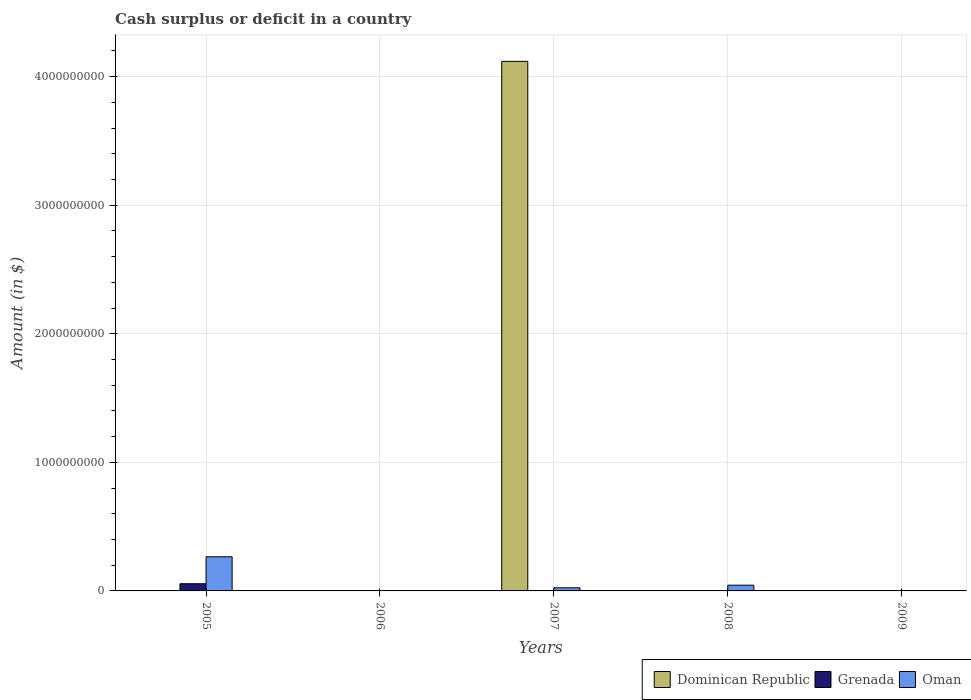
| Years | Dominican Republic | Grenada | Oman |
 | --- | --- | --- | --- |
 | 2005 | -5.09e+09 | 5.59e+07 | 2.66e+08 |
 | 2006 | -9.7e+09 | -9.8e+07 | -1.12e+07 |
 | 2007 | 4.12e+09 | -1.09e+08 | 2.44e+07 |
 | 2008 | -6.03e+10 | -1.11e+08 | 4.45e+07 |
 | 2009 | -6.02e+10 | -1.02e+08 | -6.69e+08 |